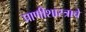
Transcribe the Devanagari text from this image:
प्राणीशास्त्राचे